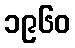
၁၉၆၀